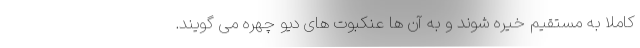
کاملاً به مستقیم خیره شوند و به آن ها عنکبوت های دیو چهره می گویند.